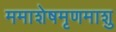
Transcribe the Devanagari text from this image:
ममाशेषमृणमाशु